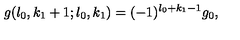
g ( l _ { 0 } , k _ { 1 } + 1 ; l _ { 0 } , k _ { 1 } ) = ( - 1 ) ^ { l _ { 0 } + k _ { 1 } - 1 } g _ { 0 } ,